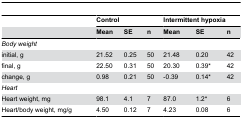
<table><thead><tr><td></td><td colspan="3"><b>Control</b></td><td colspan="3"><b>Intermittent hypoxia</b></td></tr><tr><td></td><td><b>Mean</b></td><td><b>SE</b></td><td><b>n</b></td><td><b>Mean</b></td><td><b>SE</b></td><td><b>n</b></td></tr></thead><tbody><tr><td><i>Body weight</i></td><td></td><td></td><td></td><td></td><td></td><td></td></tr><tr><td> initial, g</td><td>21.52</td><td>0.25</td><td>50</td><td>21.48</td><td>0.20</td><td>42</td></tr><tr><td> final, g</td><td>22.50</td><td>0.31</td><td>50</td><td>20.30</td><td>0.39*</td><td>42</td></tr><tr><td> change, g</td><td>0.98</td><td>0.21</td><td>50</td><td>-0.39</td><td>0.14*</td><td>42</td></tr><tr><td><i>Heart</i></td><td></td><td></td><td></td><td></td><td></td><td></td></tr><tr><td> Heart weight, mg</td><td>98.1</td><td>4.1</td><td>7</td><td>87.0</td><td>1.2*</td><td>6</td></tr><tr><td> Heart/body weight, mg/g</td><td>4.50</td><td>0.12</td><td>7</td><td>4.23</td><td>0.08</td><td>6</td></tr></tbody></table>